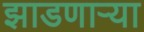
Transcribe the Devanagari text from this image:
झाडणाऱ्या